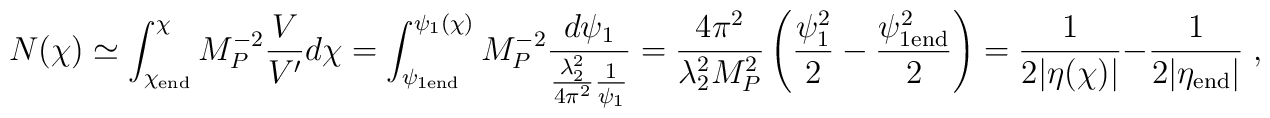
N(\chi) \simeq \int_{\chi_{\rm end}}^{\chi} M_P^{-2} \frac{V}{V'}d\chi= \int_{\psi_{1{\rm end}}}^{\psi_1(\chi)} M_P^{-2}\frac{d\psi_1}{\frac{\lambda_2^2}{4\pi^2}\frac{1}{\psi_1}}= \frac{4\pi^2}{\lambda_2^2 M_P^2} \left( \frac{\psi_1^2}{2} -\frac{\psi_{1{\rm end}}^2}{2} \right)= \frac{1}{2|\eta(\chi)|}- \frac{1}{2|\eta_{\rm end}|} \;,